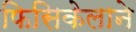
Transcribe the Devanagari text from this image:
फिसिकेलाने